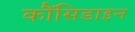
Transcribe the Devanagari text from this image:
कौंसिडाइन